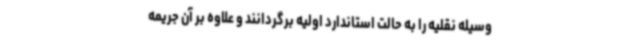
وسیله نقلیه را به حالت استاندارد اولیه برگردانند و علاوه بر آن جریمه